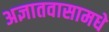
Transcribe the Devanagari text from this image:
अज्ञातवासामधे